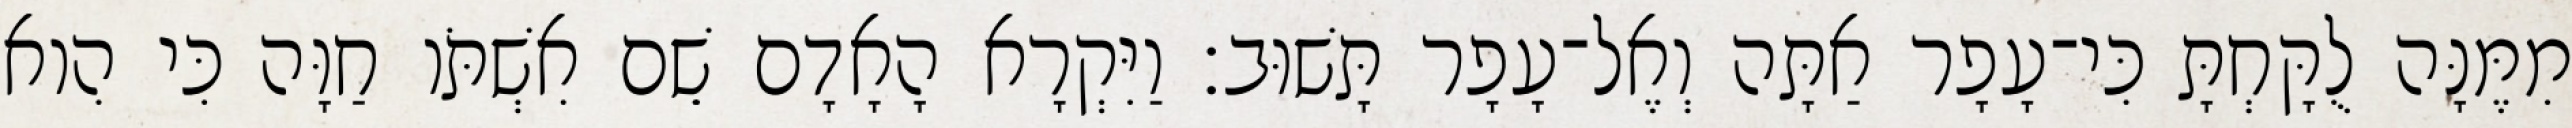
מִמֶּנָּה לֻקָּחְתָּ כִּי־עָפָר אַתָּה וְאֶל־עָפָר תָּשׁוּב׃ וַיִּקְרָא הָאָדָם שֵׁם אִשְׁתֹּו חַוָּה כִּי הִוא